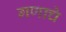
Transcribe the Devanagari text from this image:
गणाचे